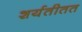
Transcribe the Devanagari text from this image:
शर्यतीतत